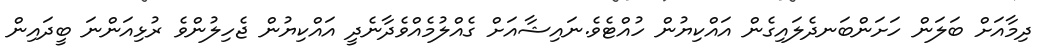
ދިމާއަށް ބަލަން ހަށަންބަނދެލައިގެން އައްކިޔުން ހުއްޓެވެ.ނައިޝާއަށް ގެއްލުމެއްވެދާނެދީ އައްކިޔުން ޖެހިލުންވެ ރުޅިއަންނަ ބީދައިން